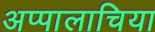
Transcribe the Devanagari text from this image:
अप्पालाचिया